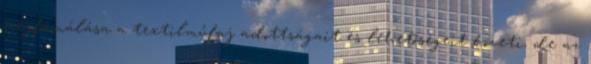
megformálása a textilműfaj adottságait és lehetőségeit követi, de az